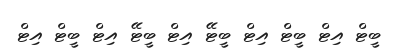
ބީޓް އިޓް ބީޓް އިޓް ބީޓޭ އިޓް ބީޓޭ އިޓް ބީޓް އިޓް